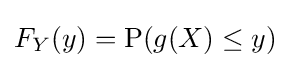
F_{Y}(y)=\operatorname {P} (g(X)\leq y)